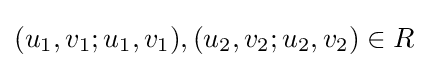
(u_{1},v_{1};u_{1},v_{1}),(u_{2},v_{2};u_{2},v_{2})\in R